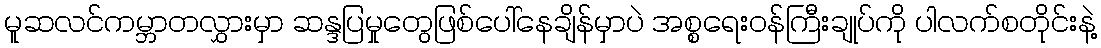
မူဆလင်ကမ္ဘာတလွှားမှာ ဆန္ဒပြမှုတွေဖြစ်ပေါ်နေချိန်မှာပဲ အစ္စရေးဝန်ကြီးချုပ်ကို ပါလက်စတိုင်းနဲ့